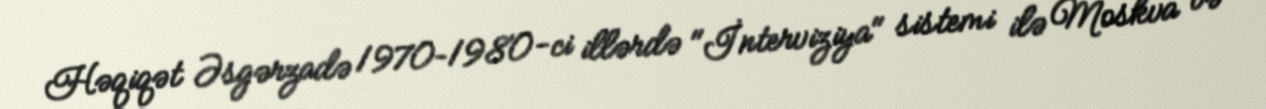
Həqiqət Əsgərzadə 1970–1980-ci illərdə "İnterviziya" sistemi ilə Moskva və